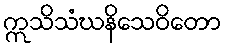
ဣသိသံဃနိသေဝိတော